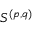
S ^ { ( p , q ) }